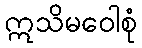
ဣသိမဝေါစုံ